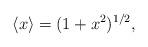
LaTeX: \begin{align*} \langle x \rangle = (1 + x^2)^{1/2}, \end{align*}